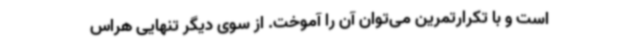
است و با تکرارتمرین می‌توان آن را آموخت. از سوی دیگر تنهایی هراس